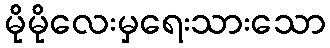
မိုမိုလေးမှရေးသားသော